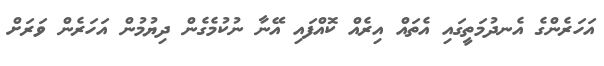
އަހަރެންގެ އެނދުމަތީގައި އެތައް އިރެއް ކޮއްފައި އޭނާ ނުކުމެގެން ދިޔުމުން އަހަރެން ވަރަށް